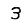
Digit: 3